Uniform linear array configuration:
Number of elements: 8
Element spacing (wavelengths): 0.75
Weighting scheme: blackman
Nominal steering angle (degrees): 45
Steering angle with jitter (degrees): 45.044
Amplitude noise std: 0.05
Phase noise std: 0.05

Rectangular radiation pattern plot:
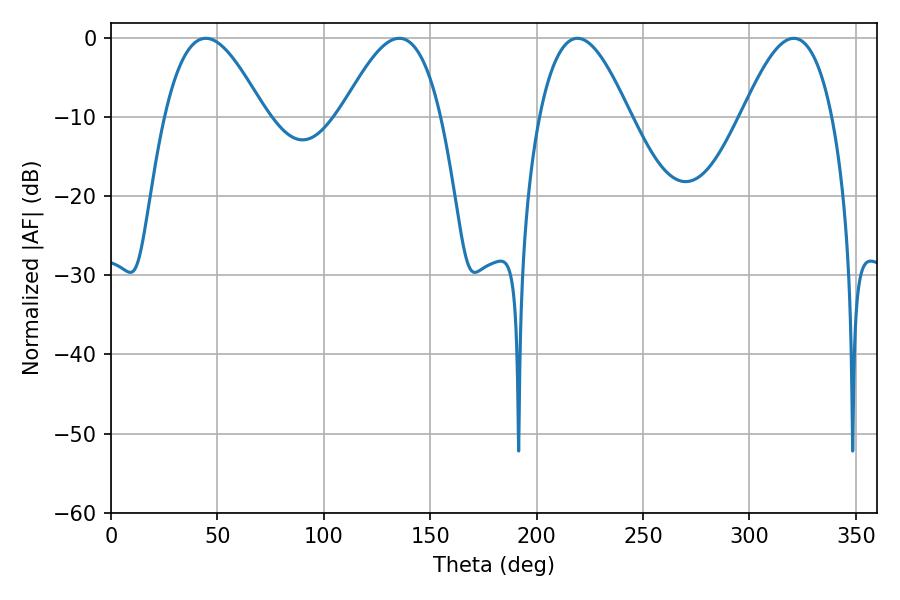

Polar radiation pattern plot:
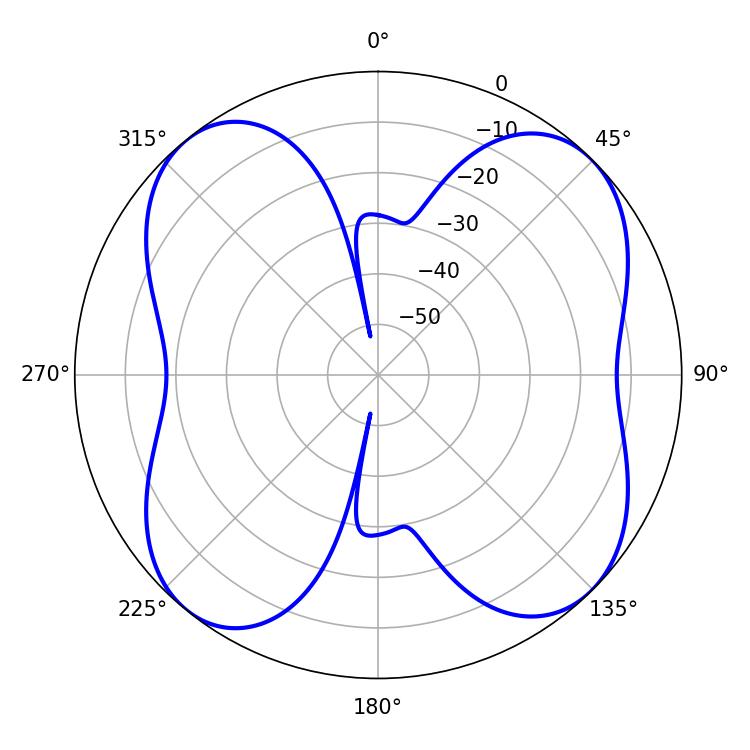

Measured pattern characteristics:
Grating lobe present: TRUE
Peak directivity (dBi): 11.635
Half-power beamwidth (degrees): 23.22
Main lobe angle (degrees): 219.24